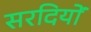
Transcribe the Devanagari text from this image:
सरदियों